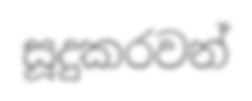
සූදුකරවන්